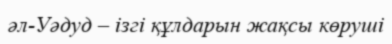
әл-Уәдуд – ізгі құлдарын жақсы көруші